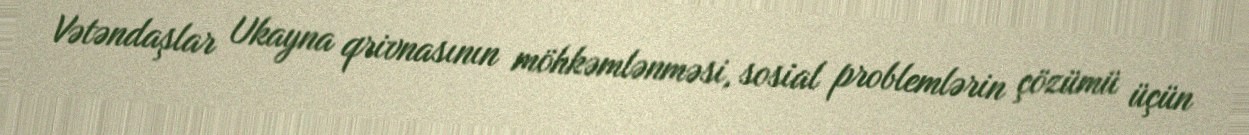
Vətəndaşlar Ukayna qrivnasının möhkəmlənməsi, sosial problemlərin çözümü üçün